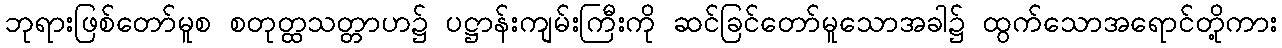
ဘုရားဖြစ်တော်မူစ စတုတ္ထသတ္တာဟ၌ ပဋ္ဌာန်းကျမ်းကြီးကို ဆင်ခြင်တော်မူသောအခါ၌ ထွက်သောအရောင်တို့ကား